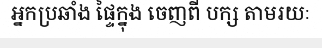
អ្នកប្រឆាំង ផ្ទៃក្នុង ចេញពី បក្ស តាមរយៈ